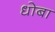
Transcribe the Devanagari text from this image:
धोबा